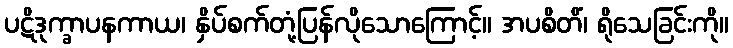
ပဋိဒုက္ခာပနကာယ၊ နှိပ်စက်တုံ့ပြန်လိုသောကြောင့်။ အပစိတိံ၊ ရိုသေခြင်းကို။